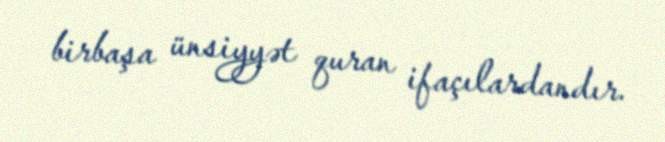
birbaşa ünsiyyət quran ifaçılardandır.